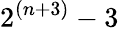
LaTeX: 2^{(n+3)}-3